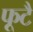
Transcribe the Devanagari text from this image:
फूटै